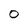
Character: O